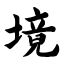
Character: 境